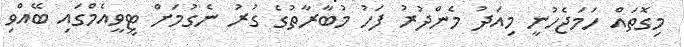
މިގޮތައް ހަމަޖެހުނީ މިއަދު މެންދުރު ފަހު މުބާރާތުގެ ގުރު ނެގުމަށް ޓީވީއެމްގައި ބޭއްވި